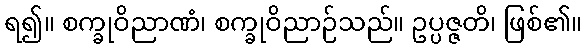
ရ၍။ စက္ခုဝိညာဏံ၊ စက္ခုဝိညာဉ်သည်။ ဥပ္ပဇ္ဇတိ၊ ဖြစ်၏။